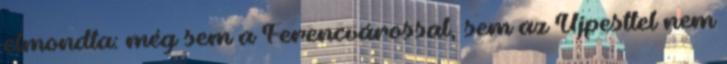
elmondta: még sem a Ferencvárossal, sem az Újpesttel nem